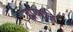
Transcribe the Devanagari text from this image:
ह्मणजे